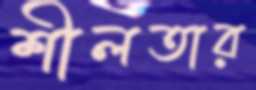
শীলতার